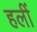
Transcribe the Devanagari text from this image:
हलीं